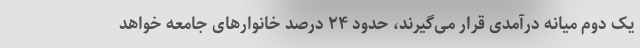
یک دوم میانه درآمدی قرار می‌گیرند، حدود ۲۴ درصد خانوارهای جامعه خواهد